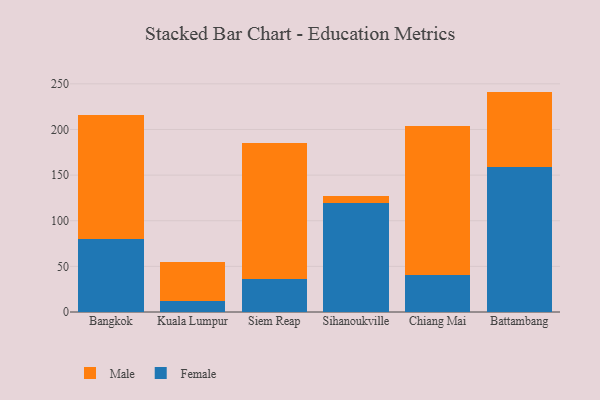
{"axis": {"x": "City", "y": "Page Views"}, "legend": ["Female", "Male"], "data": [{"x": "Bangkok", "y": 80.4, "type": "Female"}, {"x": "Bangkok", "y": 135.2, "type": "Male"}, {"x": "Kuala Lumpur", "y": 12.3, "type": "Female"}, {"x": "Kuala Lumpur", "y": 42.4, "type": "Male"}, {"x": "Siem Reap", "y": 36.0, "type": "Female"}, {"x": "Siem Reap", "y": 148.9, "type": "Male"}, {"x": "Sihanoukville", "y": 119.6, "type": "Female"}, {"x": "Sihanoukville", "y": 8.0, "type": "Male"}, {"x": "Chiang Mai", "y": 40.8, "type": "Female"}, {"x": "Chiang Mai", "y": 162.9, "type": "Male"}, {"x": "Battambang", "y": 159.3, "type": "Female"}, {"x": "Battambang", "y": 82.2, "type": "Male"}]}